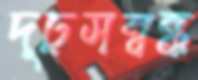
দৃঢ়সম্বন্ধ